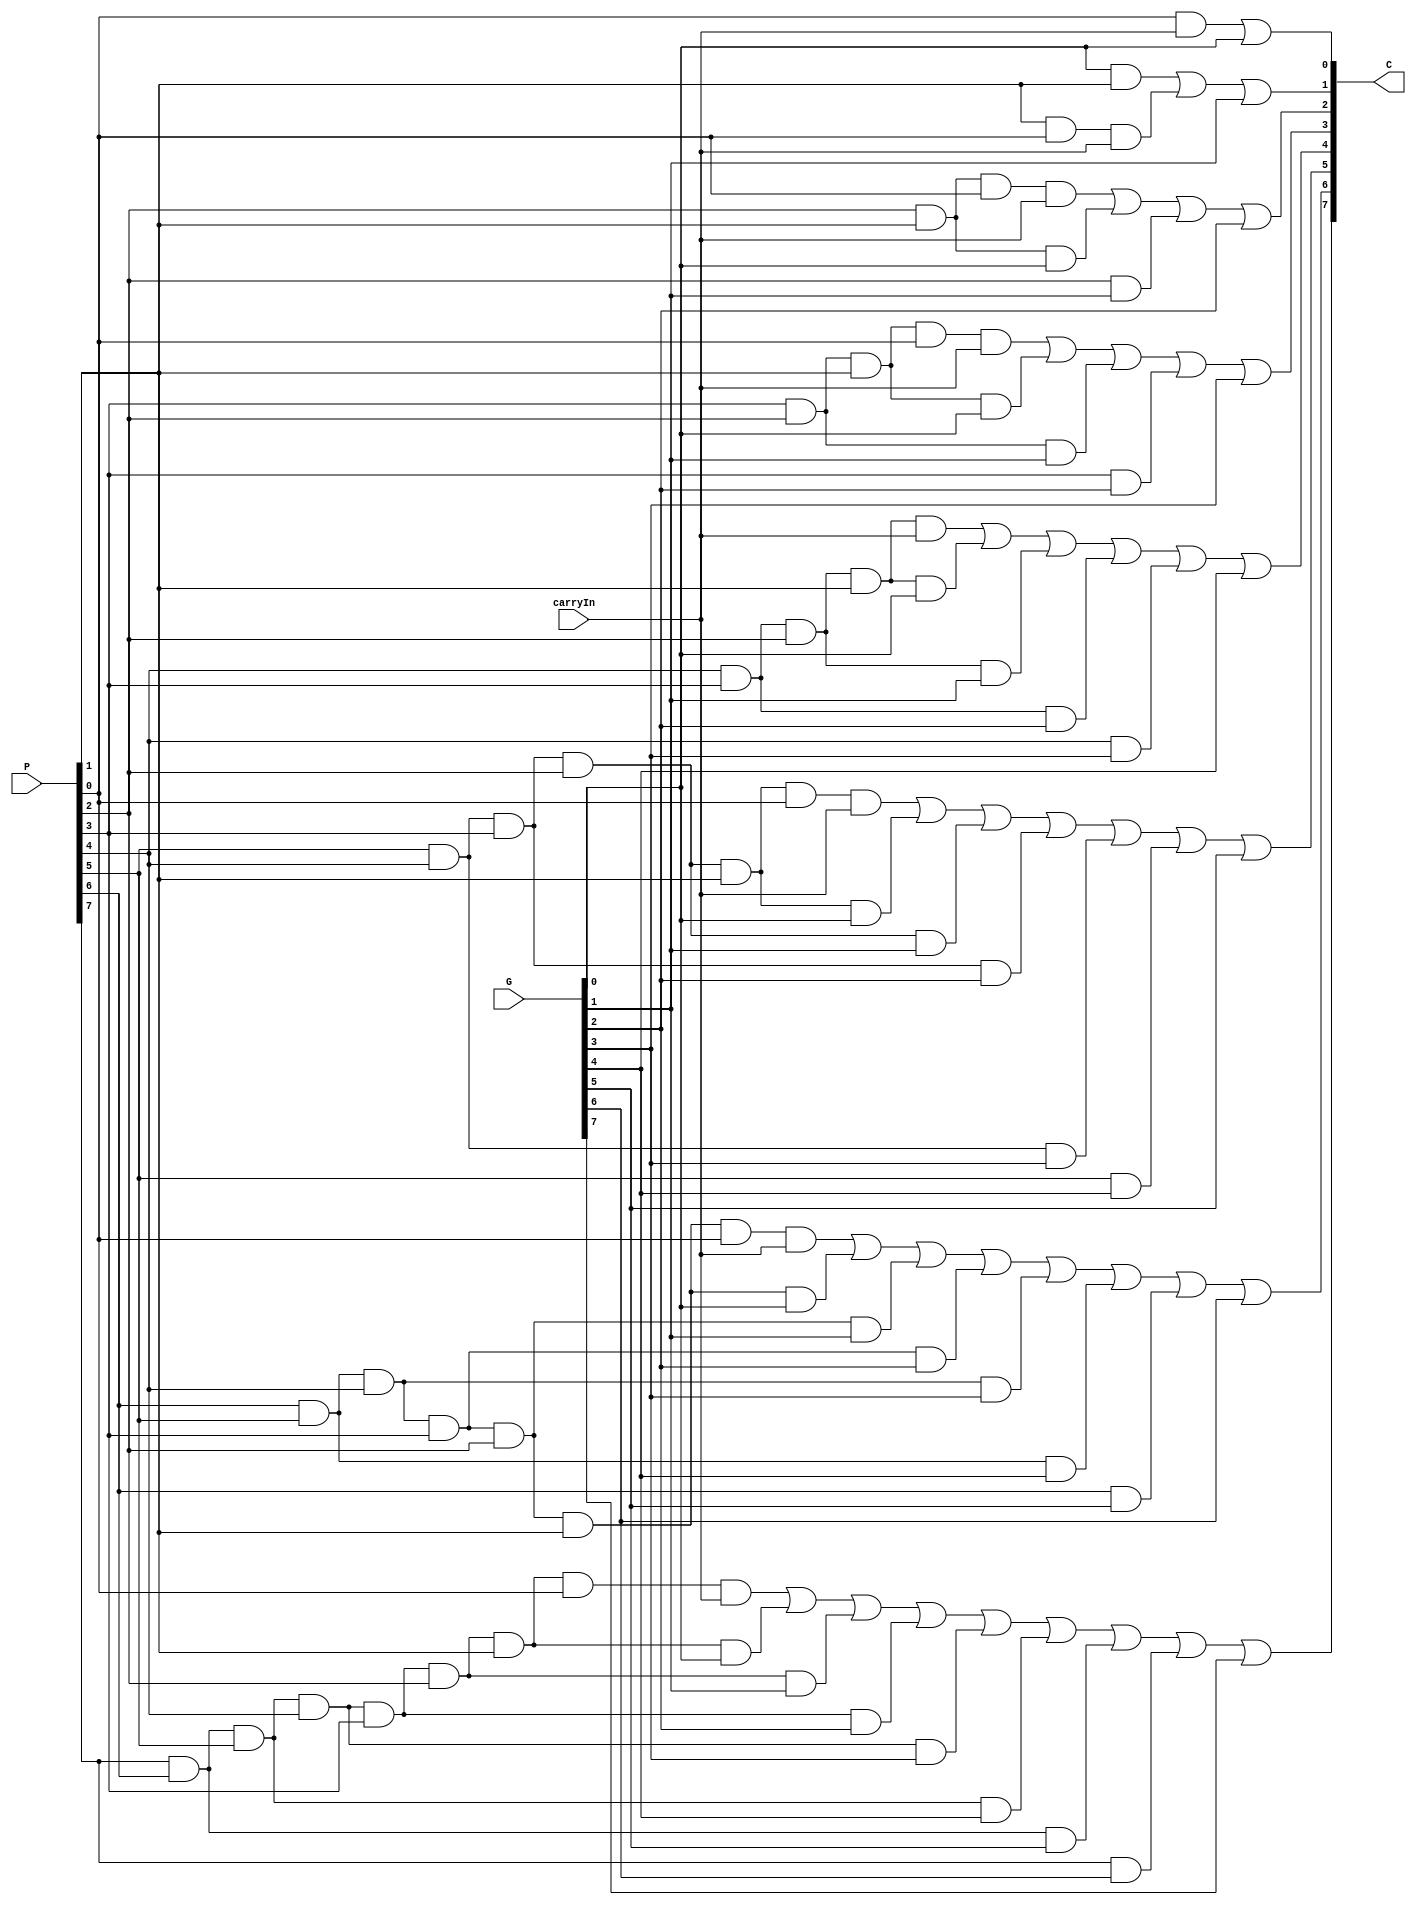
module cla_32_bit (input [7:0] G, input [7:0] P, input carryIn, output [7:0] C);
	wire x0, x1, x2, x3, x4, x5, x6, x7, x8, x9, x10, x11, x12, x13, x14, x15, x16, x17, x18, x19, x20, x21, x22, x23, x24, x25, x26, x27, x28, x29, x30, x31, x32, x33, x34, x35;
	
	//c4 = G3:0 + P3:0 . Cin
	and and1(x0, P[0], carryIn);
	or or1(C[0], x0, G[0]); //C4
	
	
	//c8 = G7:4 + P7:4 . c4
	and and2(x1, P[1], P[0], carryIn);
	and and3(x2, G[0], P[1]);
	or or2(C[1], x2, x1, G[1]); //C8
	
	//c12 = G11:8 + P11:8 . c8
	and and4(x3, P[2], G[1]);
	and and5(x4, P[2], P[1], G[0]);
	and and6(x5, P[2], P[1], P[0], carryIn);
	or or3(C[2], x5, x4, x3, G[2]); //C12
	
	//c16 = G15:12 + P15:12 . c12
	and and7(x6, P[3], G[2]);
	and and8(x7, P[3], P[2], G[1]);
	and and9(x8, P[3], P[2], P[1], G[0]);
	and and10(x9, P[3], P[2], P[1], P[0], carryIn);
	or or4(C[3], x9, x8, x7, x6, G[3]);
	
	
	//c20 = G7:4 + P19:16 . c16
	and and11(x10, P[4], G[3]);
	and and12(x11, P[4], P[3], G[2]);
	and and13(x12, P[4], P[3], P[2], G[1]);
	and and14(x13, P[4], P[3], P[2], P[1], G[0]);
	and and15(x14, P[4], P[3], P[2], P[1], carryIn);
	or or5(C[4], x14, x13, x12, x11, x10, G[4]);
	
	//c24 = G11:8 + P23:20 . c20
	and and16(x15, P[5], G[4]);
	and and17(x16, P[5], P[4], G[3]);
	and and18(x17, P[5], P[4], P[3], G[2]);
	and and19(x18, P[5], P[4], P[3], P[2], G[1]);
	and and20(x19, P[5], P[4], P[3], P[2], P[1], G[0]);
	and and21(x20, P[5], P[4], P[3], P[2], P[1], P[0], carryIn);
	or or6(C[5], x20, x19, x18, x17, x16, x15, G[5]);
	
	//c28 = G15:12 + P27:24 . c24
	and and22(x21, P[6], G[5]);
	and and23(x22, P[6], P[5], G[4]);
	and and24(x23, P[6], P[5], P[4], G[3]);
	and and25(x24, P[6], P[5], P[4], P[3], G[2]);
	and and26(x25, P[6], P[5], P[4], P[3], P[2], G[1]);
	and and27(x26, P[6], P[5], P[4], P[3], P[2], P[1], G[0]);
	and and28(x27, P[6], P[5], P[4], P[3], P[2], P[1], P[0], carryIn);
	or or7(C[6], x27, x26, x25, x24, x23, x22, x21, G[6]);
	
	
	//c32 = G7:4 + P31:28 . c28
	and and29(x28, P[7], G[6]);
	and and30(x29, P[7], P[6], G[5]);
	and and31(x30, P[7], P[6], P[5], G[4]);
	and and32(x31, P[7], P[6], P[5], P[4], G[3]);
	and and33(x32, P[7], P[6], P[5], P[4], P[3], G[2]);
	and and34(x33, P[7], P[6], P[5], P[4], P[3], P[2], G[1]);
	and and35(x34, P[7], P[6], P[5], P[4], P[3], P[2], P[1], G[0]);
	and and36(x35, P[7], P[6], P[5], P[4], P[3], P[2], P[1], P[0], carryIn);
	or or8(C[7], x35, x34, x33, x32, x31, x30, x29, x28, G[7]);


endmodule